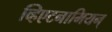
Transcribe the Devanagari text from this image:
व्हिएटनामियन्